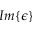
I m \{ \epsilon \}